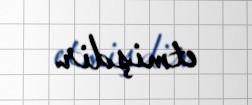
etmişdir.